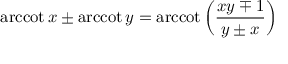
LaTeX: \operatorname { a r c c o t } x \pm \operatorname { a r c c o t } y = \operatorname { a r c c o t } \left( { \frac { x y \mp 1 } { y \pm x } } \right)